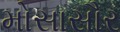
મોસાસૌર